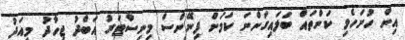
އިން ހުށަހެޅި ކަންތައް ބަލައިގަންނަ ކަމަށް ފިނޭންސް މިނިސްޓަރު އަބްދު ޖިހާދު މިއަދު